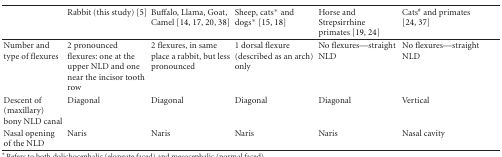
|  | Rabbit (this study) [5] | Buffalo, Llama, Goat, Camel [14, 17, 20, 38] | Sheep, cats* and dogs* [15, 18] | Horse and Strepsirrhine primates [19, 24] | Cats# and primates [24, 37] |
 | --- | --- | --- | --- | --- | --- |
 | Number and type of flexures | 2 pronounced flexures: one at the upper NLD and one near the incisor tooth row | 2 flexures, in same place a rabbit, but less pronounced | 1 dorsal flexure (described as an arch) only | No flexures—straight NLD | No flexures—straight NLD |
 | Descent of (maxillary) bony NLD canal | Diagonal | Diagonal | Diagonal | Diagonal | Vertical |
 | Nasal opening of the NLD | Naris | Naris | Naris | Naris | Nasal cavity |